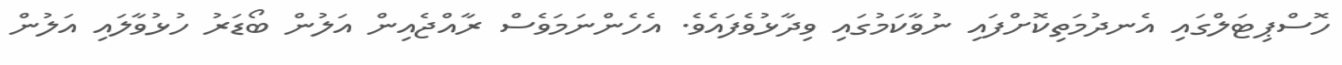
ހޮސްޕިޓަލްގައި އެނދުމަތިކޮށްފައި ނުވާކަމުގައި ވިދާޅުވެފައެވެ. އެހެންނަމަވެސް ރާއްޖެއިން އަލުން ބޯޑަރު ހުޅުވާލައި އަލުން